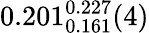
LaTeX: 0.201_{0.161}^{0.227}(4)